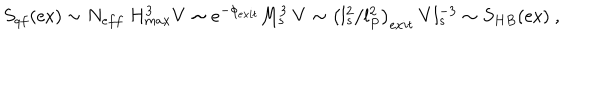
S _ { q f } ( \mathrm { e x } ) \sim N _ { e f f } ~ H _ { m a x } ^ { 3 } V \sim e ^ { - \phi _ { e x i t } } M _ { s } ^ { 3 } ~ V \sim \left( l _ { s } ^ { 2 } / l _ { P } ^ { 2 } \right) _ { e x i t } ~ V l _ { s } ^ { - 3 } \sim S _ { H B } ( \mathrm { e x } ) ~ ,